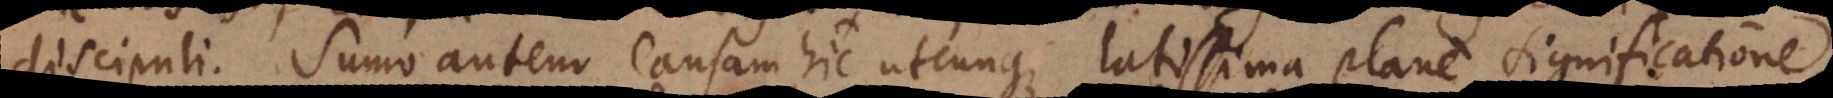
discipuli. Sumo autem causam hic utcunque latissima plane significatio